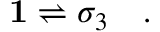
\mathbf { 1 } \rightleftharpoons \sigma _ { 3 } \quad .